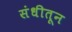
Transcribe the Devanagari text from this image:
संधीतून